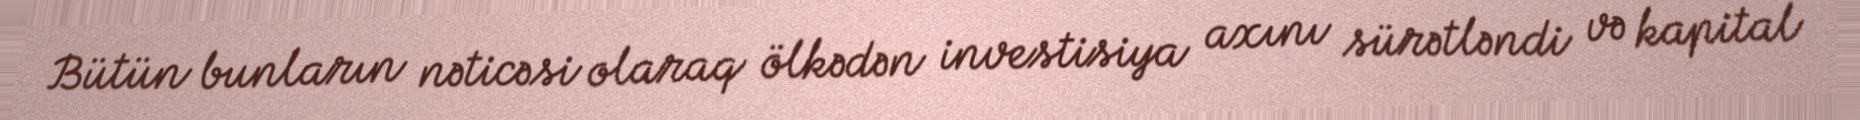
Bütün bunların nəticəsi olaraq ölkədən investisiya axını sürətləndi və kapital